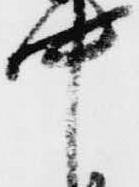
中